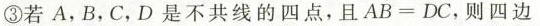
③若A，B，C，D是不共线的四点，且 $$\overrightarrow{AB}= \overrightarrow{DC}$$ ，则四边